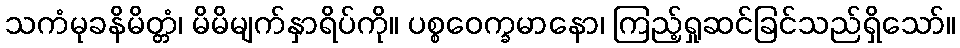
သကံမုခနိမိတ္တံ၊ မိမိမျက်နှာရိပ်ကို။ ပစ္စဝေက္ခမာနော၊ ကြည့်ရှုဆင်ခြင်သည်ရှိသော်။